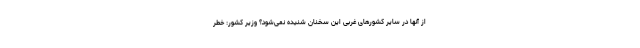
از آنها در سایر کشورهای غربی این سخنان شنیده نمی‌شود؟ وزیر کشور: خطر